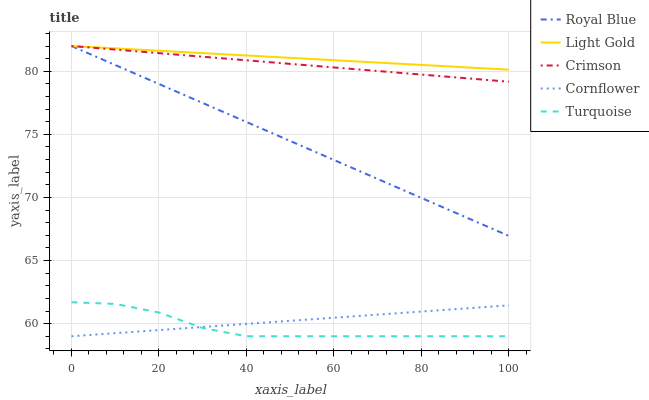
| xaxis_label | Royal Blue | Light Gold | Crimson | Cornflower | Turquoise |
 | --- | --- | --- | --- | --- | --- |
 | 0 | 82 | 82 | 82 | 59 | 61.7 |
 | 10 | 80.5 | 81.8 | 81.7 | 59.2 | 61.6 |
 | 20 | 79 | 81.6 | 81.4 | 59.5 | 60.9 |
 | 30 | 77.5 | 81.4 | 81.2 | 59.7 | 59.7 |
 | 40 | 76 | 81.3 | 80.9 | 60 | 59 |
 | 50 | 74.5 | 81.1 | 80.6 | 60.2 | 59 |
 | 60 | 73 | 80.9 | 80.3 | 60.5 | 59 |
 | 70 | 71.5 | 80.7 | 80 | 60.7 | 59 |
 | 80 | 70 | 80.5 | 79.7 | 61 | 59 |
 | 90 | 68.5 | 80.3 | 79.5 | 61.2 | 59 |
 | 100 | 67 | 80.1 | 79.2 | 61.4 | 59 |